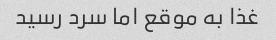
غذا به موقع اما سرد رسید